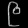
Digit: ၉